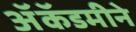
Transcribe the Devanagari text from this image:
ॲकॅडमीने